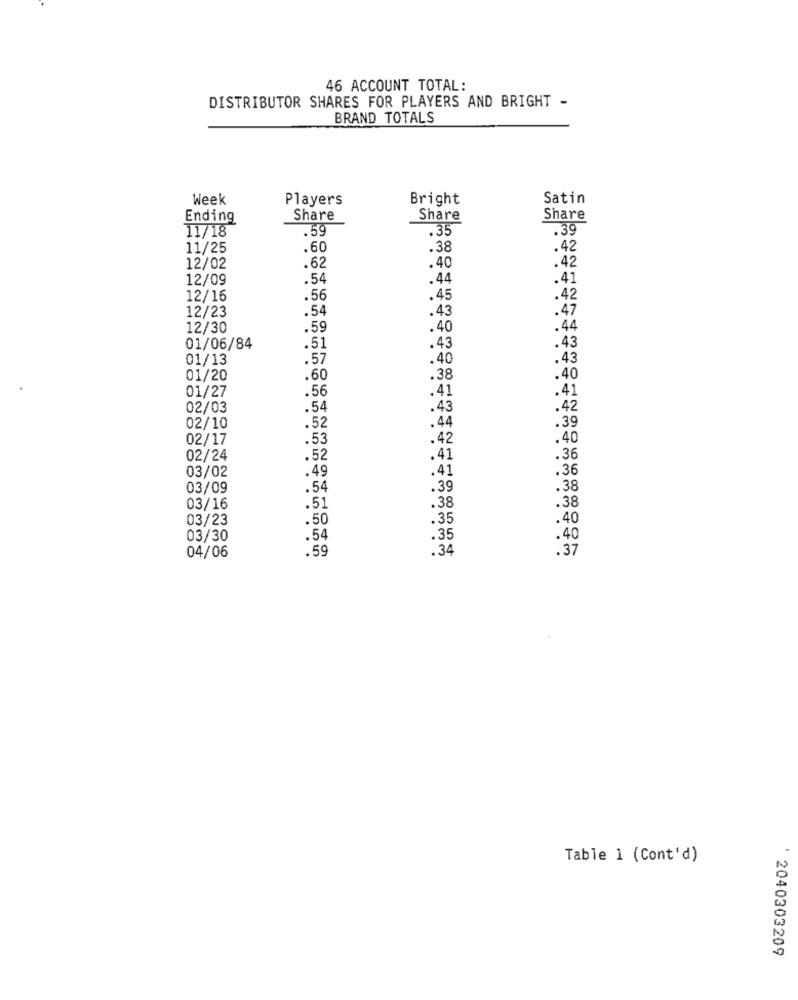
46 ACCOUNT TOTAL:
DISTRIBUTOR SHARES FOR PLAYERS AND BRIGHT -
BRAND TOTALS
Week
Players
Bright
Satin
Ending
Share
Share
Share
.59
.35
.39
11/18
11/25
.60
.38
.42
.62
12/02
.40
.42
12/09
.54
.44
.41
12/16
.56
.45
.42
12/23
.54
.47
.43
12/30
.59
.40
.44
01/06/84
.51
.43
.43
01/13
.57
.40
.43
01/20
.60
.38
.40
01/27
.56
.41
.41
02/03
.54
.43
.42
.39
02/10
.52
.44
02/17
.53
.42
.40
02/24
.52
.41
.36
03/02
.49
41
.36
03/09
.54
.39
.38
03/16
.51
.38
.38
03/23
.50
.35
.40
03/30
.54
.35
.40
04/06
.59
.34
.37
Table 1 (Cont'd)
' 2040303209